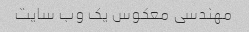
مهندسی معکوس یک وب سایت